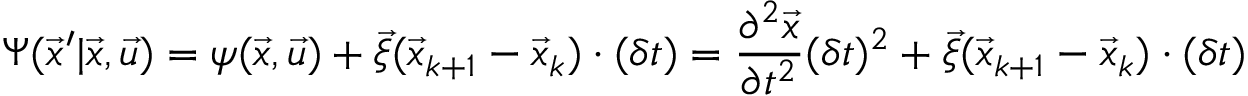
\Psi ( \vec { x } ^ { \prime } | \vec { x } , \vec { u } ) = \psi ( \vec { x } , \vec { u } ) + \vec { \xi } ( \vec { x } _ { k + 1 } - \vec { x } _ { k } ) \cdot ( \delta t ) = \frac { \partial ^ { 2 } \vec { x } } { \partial t ^ { 2 } } ( \delta t ) ^ { 2 } + \vec { \xi } ( \vec { x } _ { k + 1 } - \vec { x } _ { k } ) \cdot ( \delta t )